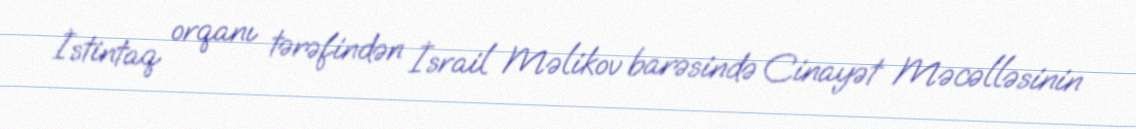
İstintaq orqanı tərəfindən İsrail Məlikov barəsində Cinayət Məcəlləsinin